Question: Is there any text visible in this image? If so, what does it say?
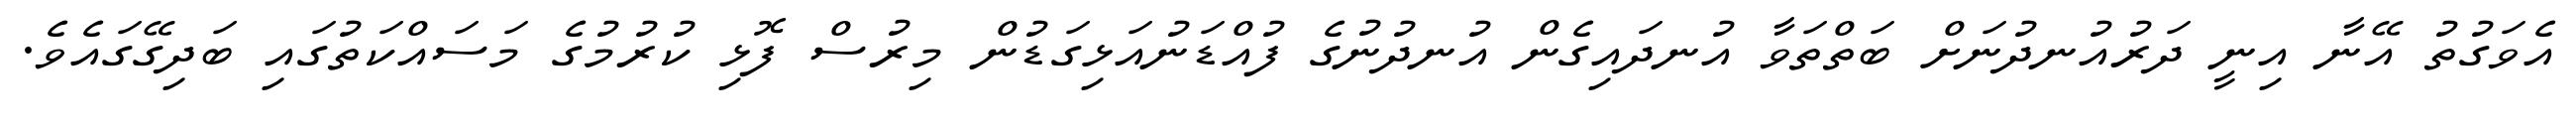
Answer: އެވަގުތު އޭނާ އިނީ ދަރުއުނދުނަށް ބަތްތަވާ އުނދައިގެން އުނދުނުގެ ފުއްޑަނުއަޅިގަޑުން މިރުސް ފޮޅި ކުރުމުގެ މަސައްކަތުގައި ބަދިގޭގައެވެ.